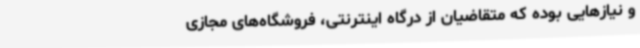
و نیازهایی بوده که متقاضیان از درگاه اینترنتی، فروشگاه‌های مجازی